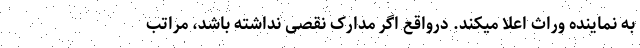
به نماینده وراث اعلا میکند. درواقع اگر مدارک نقصی نداشته باشد، مراتب